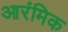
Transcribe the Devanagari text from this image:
आरंमिक